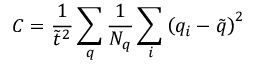
C = \frac { 1 } { \tilde { t } ^ { 2 } } \sum _ { q } \frac { 1 } { N _ { q } } \sum _ { i } \left( q _ { i } - \tilde { q } \right) ^ { 2 }